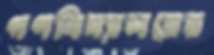
গণবিদ্যালয়ের